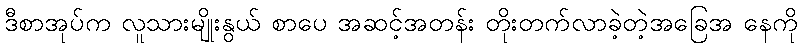
ဒီစာအုပ်က လူသားမျိုးနွယ် စာပေ အဆင့်အတန်း တိုးတက်လာခဲ့တဲ့အခြေအ နေကို